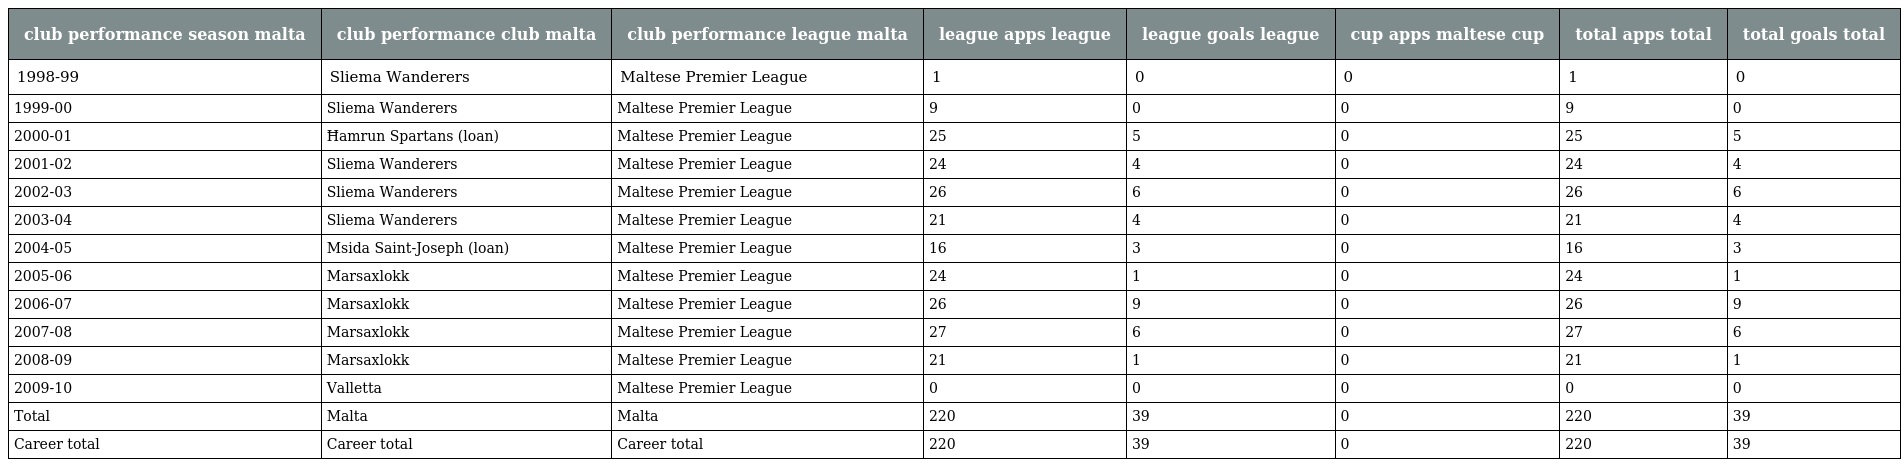
| club performance season malta | club performance club malta | club performance league malta | league apps league | league goals league | cup apps maltese cup | total apps total | total goals total |
 | --- | --- | --- | --- | --- | --- | --- | --- |
 | 1998-99 | Sliema Wanderers | Maltese Premier League | 1 | 0 | 0 | 1 | 0 |
 | 1999-00 | Sliema Wanderers | Maltese Premier League | 9 | 0 | 0 | 9 | 0 |
 | 2000-01 | Ħamrun Spartans (loan) | Maltese Premier League | 25 | 5 | 0 | 25 | 5 |
 | 2001-02 | Sliema Wanderers | Maltese Premier League | 24 | 4 | 0 | 24 | 4 |
 | 2002-03 | Sliema Wanderers | Maltese Premier League | 26 | 6 | 0 | 26 | 6 |
 | 2003-04 | Sliema Wanderers | Maltese Premier League | 21 | 4 | 0 | 21 | 4 |
 | 2004-05 | Msida Saint-Joseph (loan) | Maltese Premier League | 16 | 3 | 0 | 16 | 3 |
 | 2005-06 | Marsaxlokk | Maltese Premier League | 24 | 1 | 0 | 24 | 1 |
 | 2006-07 | Marsaxlokk | Maltese Premier League | 26 | 9 | 0 | 26 | 9 |
 | 2007-08 | Marsaxlokk | Maltese Premier League | 27 | 6 | 0 | 27 | 6 |
 | 2008-09 | Marsaxlokk | Maltese Premier League | 21 | 1 | 0 | 21 | 1 |
 | 2009-10 | Valletta | Maltese Premier League | 0 | 0 | 0 | 0 | 0 |
 | Total | Malta | Malta | 220 | 39 | 0 | 220 | 39 |
 | Career total | Career total | Career total | 220 | 39 | 0 | 220 | 39 |